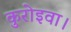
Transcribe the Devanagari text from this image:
कुरोइवा।